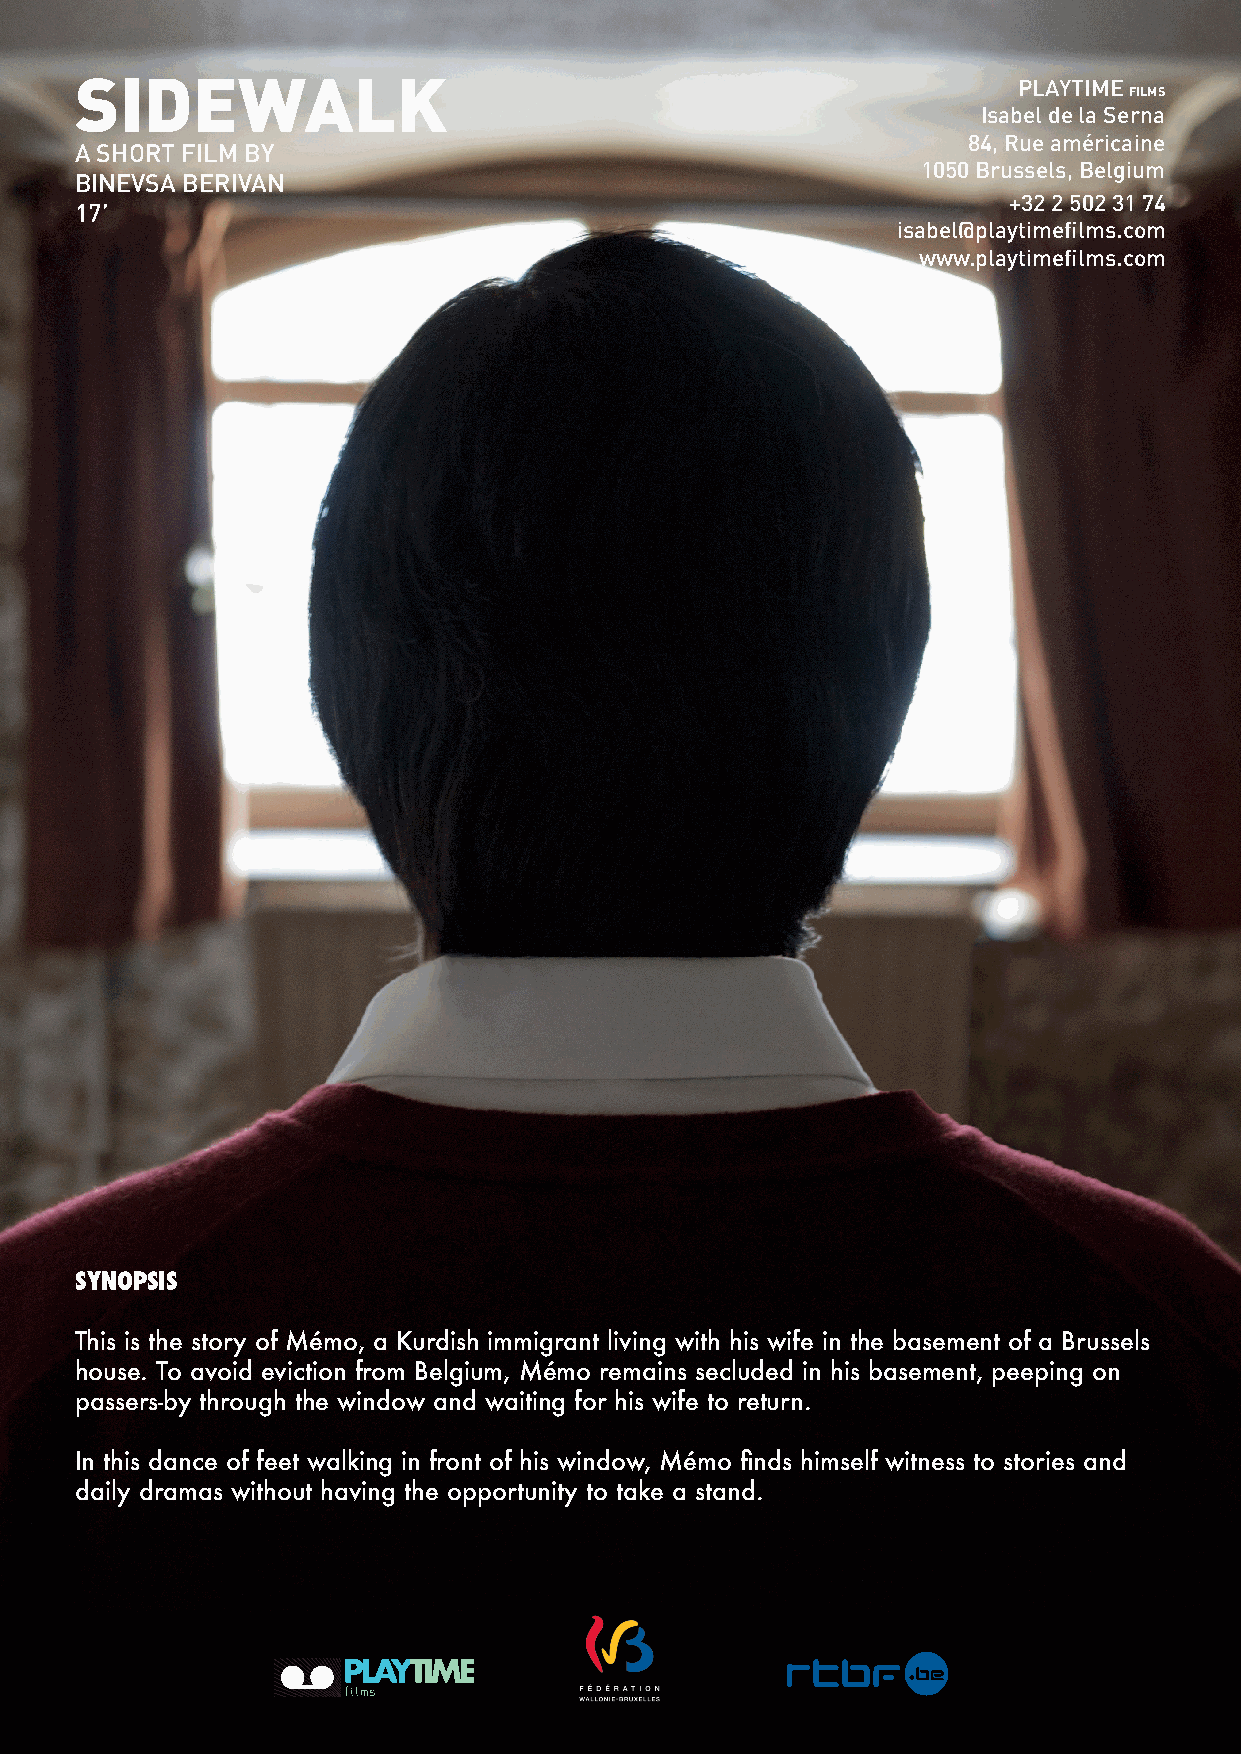
SIDEWALK                                                      PLAYTIME
 FILMS
 Isabel de la Serna
 84, Rue américaine
 A SHORT FILM BY
 1050 Brussels, Belgium
 BINEVSA BERIVAN
 +32 2 502 31 74
 17’
 isabel@playtimefilms.com
 www.playtimefilms.com
 SYNOPSIS
 This is the story of Mémo, a Kurdish immigrant living with his wife in the basement of a Brussels
 house. To avoid eviction from Belgium, Mémo remains secluded in his basement, peeping on
 passers-by through the window and waiting for his wife to return.
 In this dance of feet walking in front of his window, Mémo finds himself witness to stories and
 daily dramas without having the opportunity to take a stand.